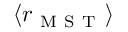
\langle r _ { \mathrm { ~ M ~ S ~ T ~ } } \rangle